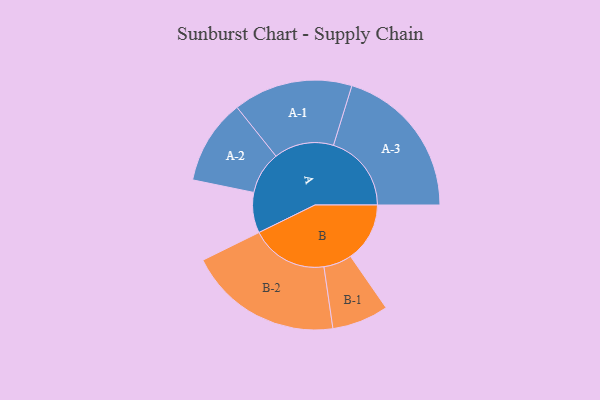
{"axis": {"x": "Segment", "y": "Value"}, "legend": ["", "A", "B"], "data": [{"x": "A", "y": 153, "type": ""}, {"x": "B", "y": 224, "type": ""}, {"x": "A-1", "y": 226, "type": "A"}, {"x": "A-2", "y": 161, "type": "A"}, {"x": "A-3", "y": 295, "type": "A"}, {"x": "B-1", "y": 107, "type": "B"}, {"x": "B-2", "y": 292, "type": "B"}]}